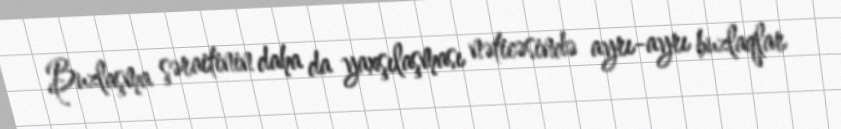
Buzlaşma şəraitinin daha da yaxşılaşması nəticəsində ayrı-ayrı buzlaqlar